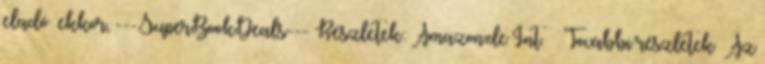
eladó ekkor, ---SuperBookDeals--- Részletek: Amazon.de Int. » További részletek Az